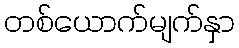
တစ်ယောက်မျက်နှာ